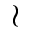
\wr